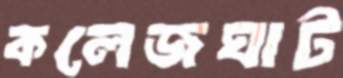
কলেজঘাট